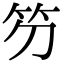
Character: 䇖